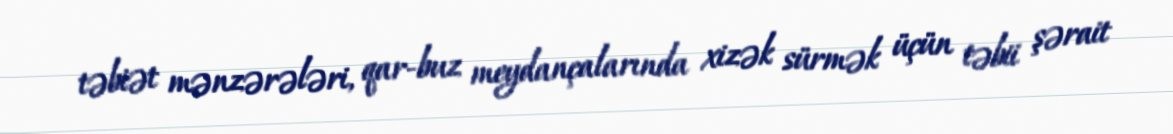
təbiət mənzərələri, qar-buz meydançalarında xizək sürmək üçün təbii şərait